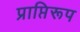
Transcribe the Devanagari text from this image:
प्राप्तिरूप